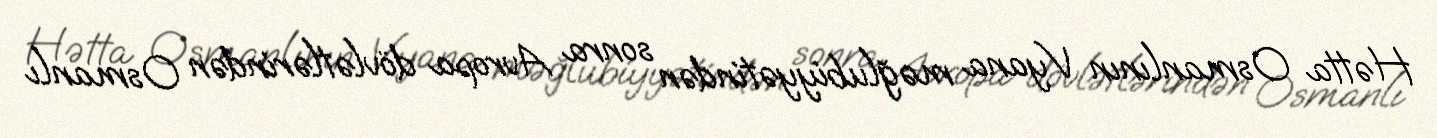
Hətta Osmanlının Vyana məğlubiyyətindən sonra Avropa dövlətlərindən Osmanlı